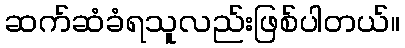
ဆက်ဆံခံရသူလည်းဖြစ်ပါတယ်။